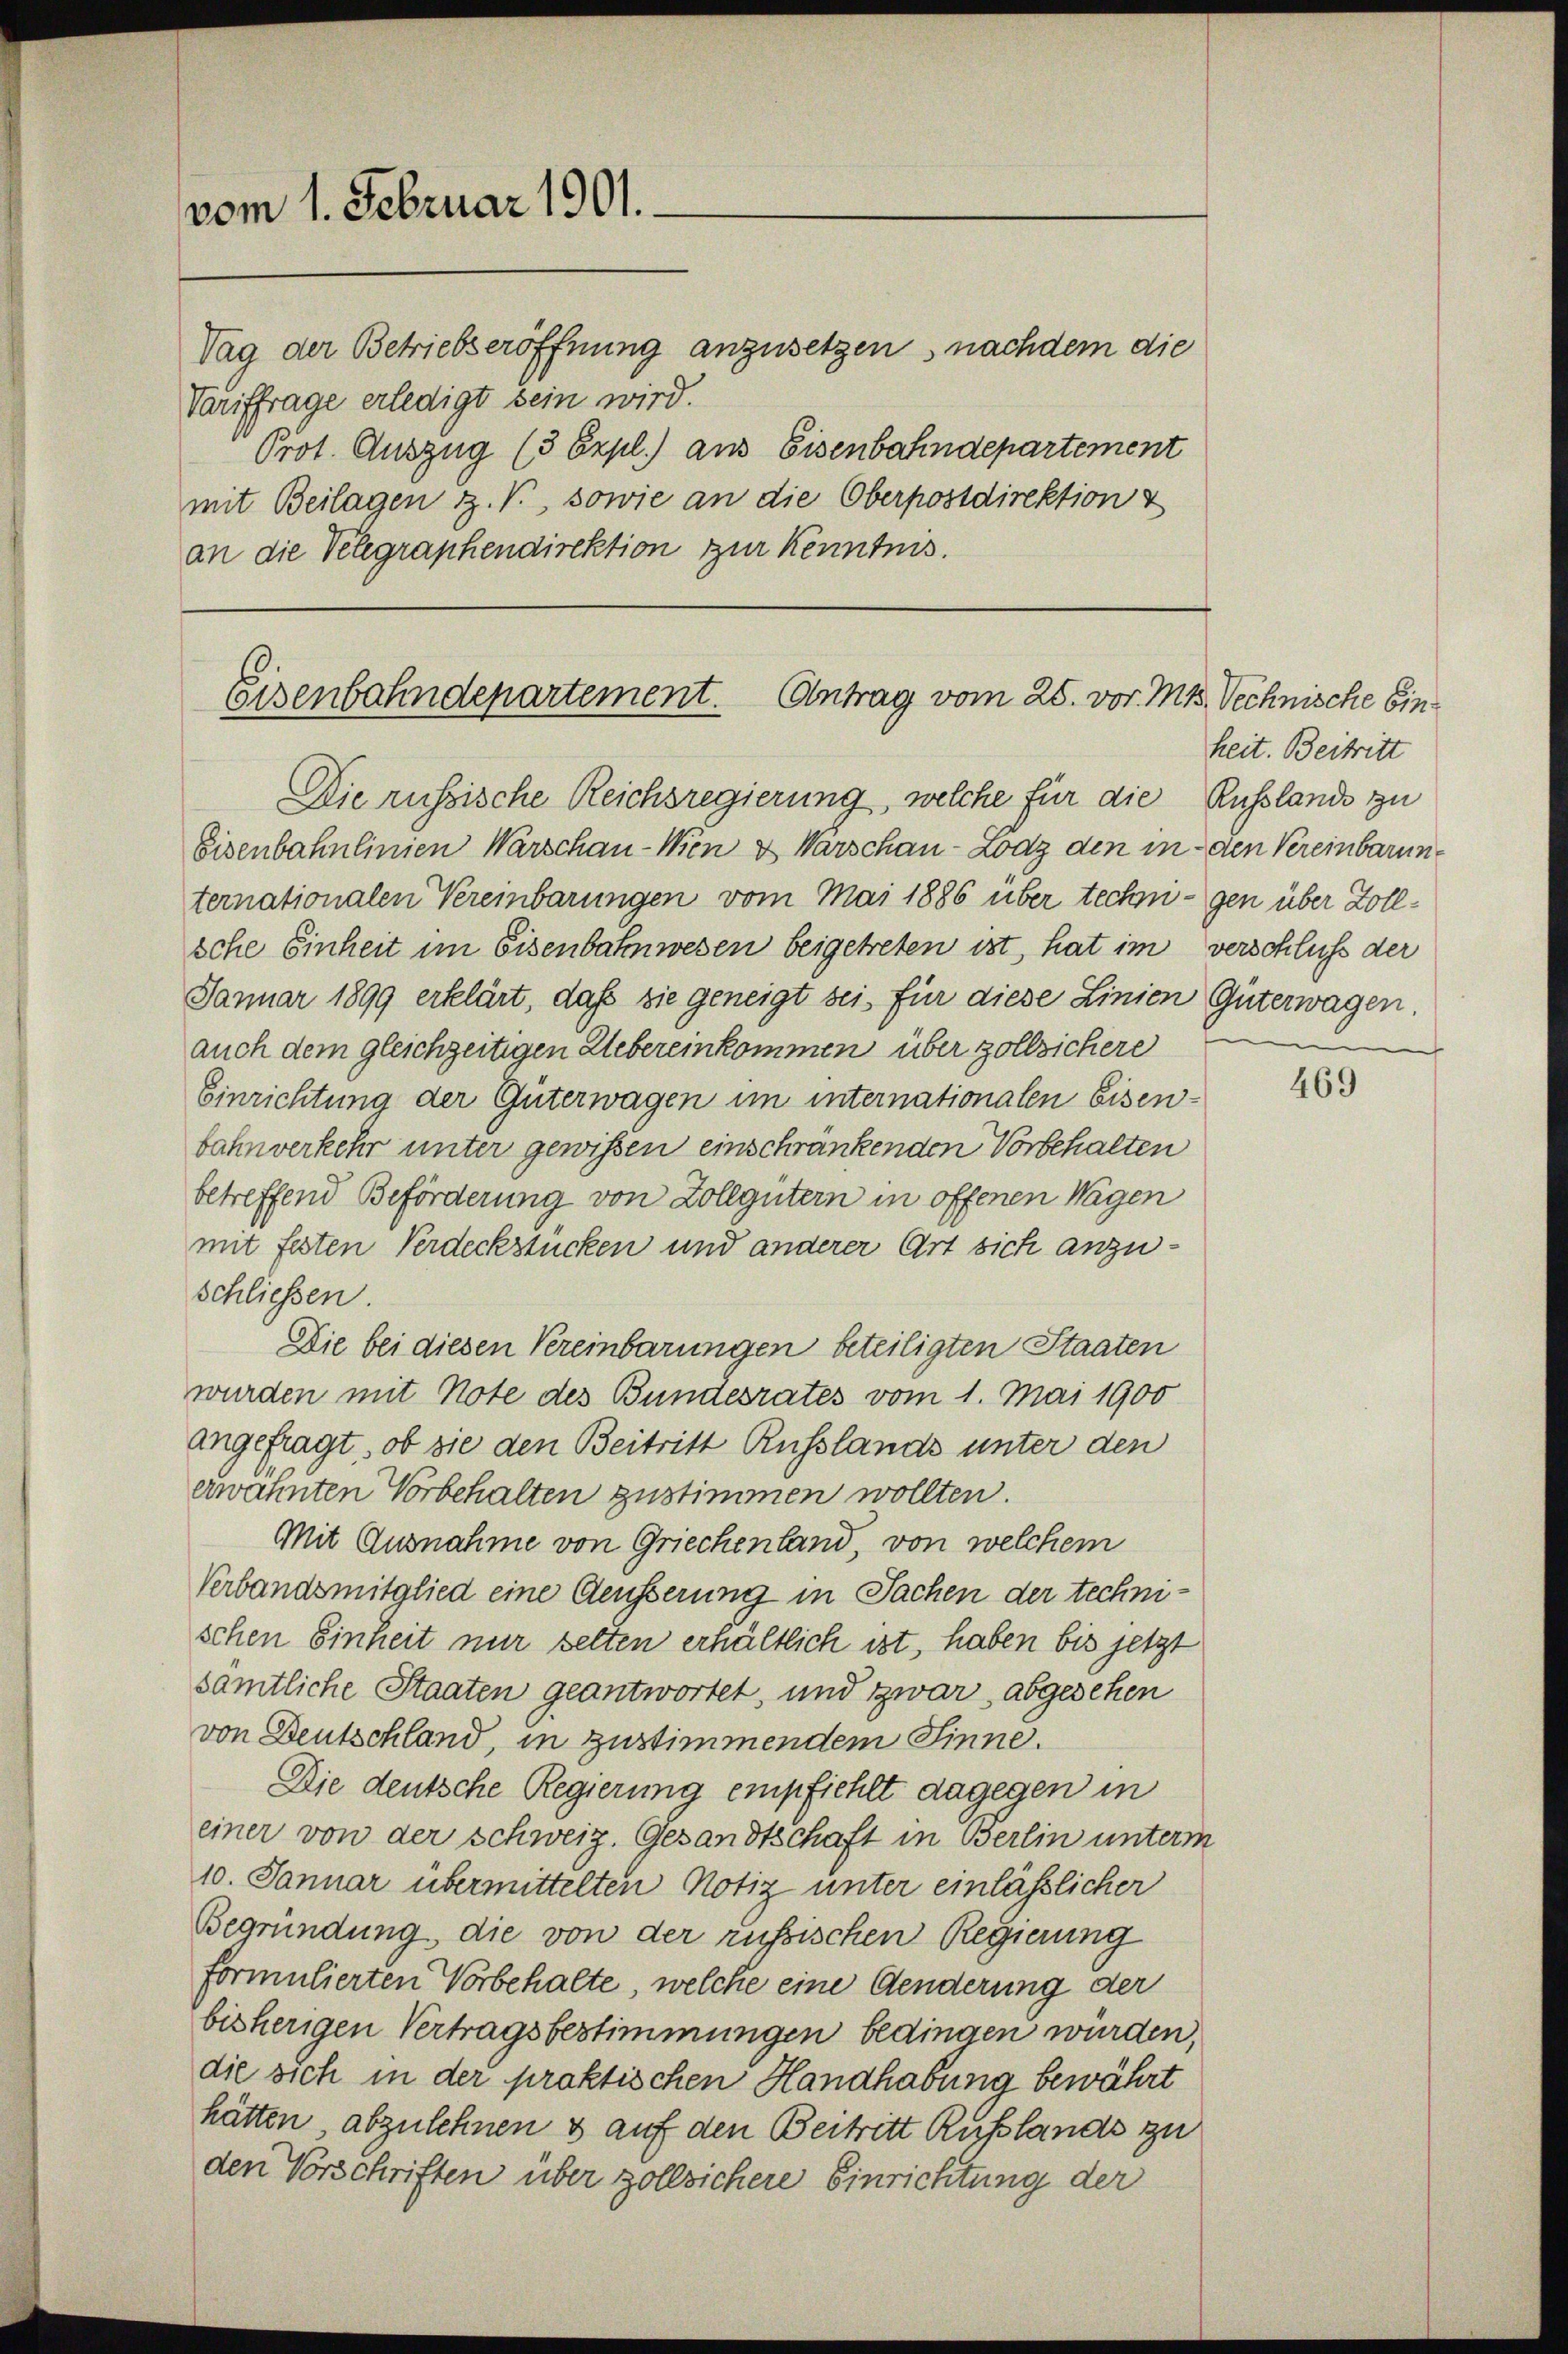
vom 1. Februar 1901.

Tag der Betriebseröffnung anzusetzen, nachdem die
Tariffrage erledigt sein wird.
Prot. Auszug (3 Expl.) aus Eisenbahndepartement
mit Beilagen z. V., sowie an die Oberpostdirektion z
an die Velegraphendirektion zur Kenntnis.

Eisenbahnlinien Warschau-Wien & Warschau-Lodz den in den Vereinbarunternationalen Vereinbarungen vom Mai 1886 über technigen über Zollsche Einheit im Eisenbahnwesen beigetreten ist, hat im verschluß der
Januar 1899 erklärt, daß sie geneigt sei, für diese Linien Güterwagen.
auch dem gleichzeitigen Uebereinkommen über zollsichere
Einrichtung der Güterwagen im internationalen Eisenbahnverkehr unter gewissen einschränkenden Vorbehalten
betreffend Beförderung von Zollgütern in offenen Wagen
mit festen Verdeckstücken und anderer Ort sich anzuschliessen.
Die bei diesen Vereinbarungen beteiligten Staaten
wurden mit Note des Bundesrates vom 1. Mai 1900
angefragt, ob sie den Beitritt Russlands unter den
erwähnten Vorbehalten zustimmen wollten.
Mit Ausnahme von Griechenland, von welchem
Verbandsmitglied eine Aeusserung in Sachen der technischen Einheit nur selten erhältlich ist, haben bis jetzt
sämtliche Staaten geantwortet, und zwar abgesehen
von Deutschland, in zustimmendem Sinne.
Die deutsche Regierung empfiehlt dagegen in
einer von der Schweiz. Gesandtschaft in Berlin unterm
10. Januar übermittelten Notiz unter einlässlicher
Begründung, die von der russischen Regierung
formulierten Vorbehalte, welche eine Aenderung der
bisherigen Vertragsbestimmungen bedingen würden,
die sich in der praktischen Handhabung bewährt
hätten, abzulehnen & auf den Beitritt Rußlands zu
den Vorschriften über zollsichere Einrichtung der

Eisenbahndepartement. Antrag vom 25. vor. Mts. Vechnische Ein¬
Die russische Reichsregierung, welche für die Russlands zu

heit. Beitritt

469